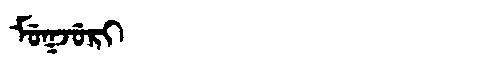
Manchu: ᠮᡠᡴᠵᡠᡵᡳ
Romanization: MUKJURI